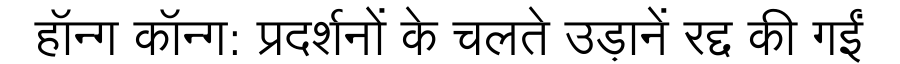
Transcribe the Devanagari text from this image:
हॉन्ग कॉन्ग: प्रदर्शनों के चलते उड़ानें रद्द की गईं